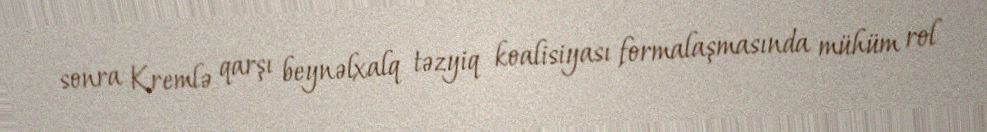
sonra Kremlə qarşı beynəlxalq təzyiq koalisiyası formalaşmasında mühüm rol